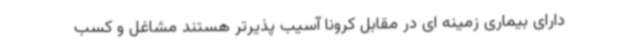
دارای بیماری زمینه ای در مقابل کرونا آسیب پذیرتر هستند مشاغل و کسب